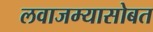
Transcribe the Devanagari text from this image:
लवाजम्यासोबत